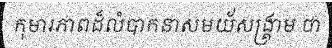
កុមារភាពដ៏លំបាកនាសមយ័សង្គ្រាម ថា